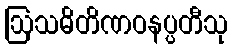
ဩသဓိတိဏဝနပ္ပတီသု